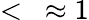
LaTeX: <\ \approx 1